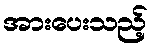
အားပေးသည့်